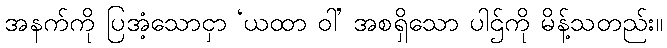
အနက်ကို ပြအံ့သောငှာ ‘ယထာ ဝါ’ အစရှိသော ပါဌ်ကို မိန့်သတည်း။